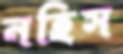
নহিস